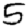
Digit: 5